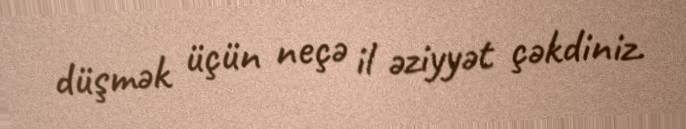
düşmək üçün neçə il əziyyət çəkdiniz.